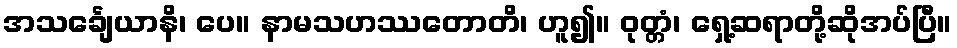
အသင်္ချေယာနိ၊ ပေ။ နာမသဟဿတောတိ၊ ဟူ၍။ ဝုတ္တံ၊ ရှေ့ဆရာတို့ဆိုအပ်ပြီ။